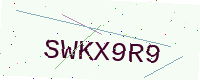
Text: SWKX9R9